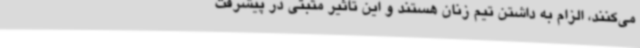
می‌کنند، الزام به داشتن تیم زنان هستند و این تاثیر مثبتی در پیشرفت